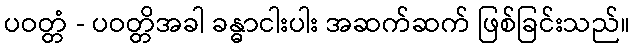
ပဝတ္တံ - ပဝတ္တိအခါ ခန္ဓာငါးပါး အဆက်ဆက် ဖြစ်ခြင်းသည်။